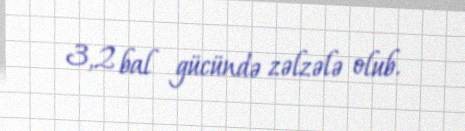
3,2 bal gücündə zəlzələ olub.